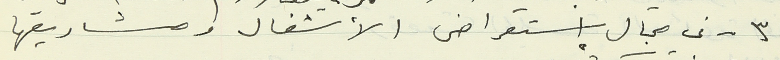
٣ - في مجال إستعراض الأشغال ومشاريعها